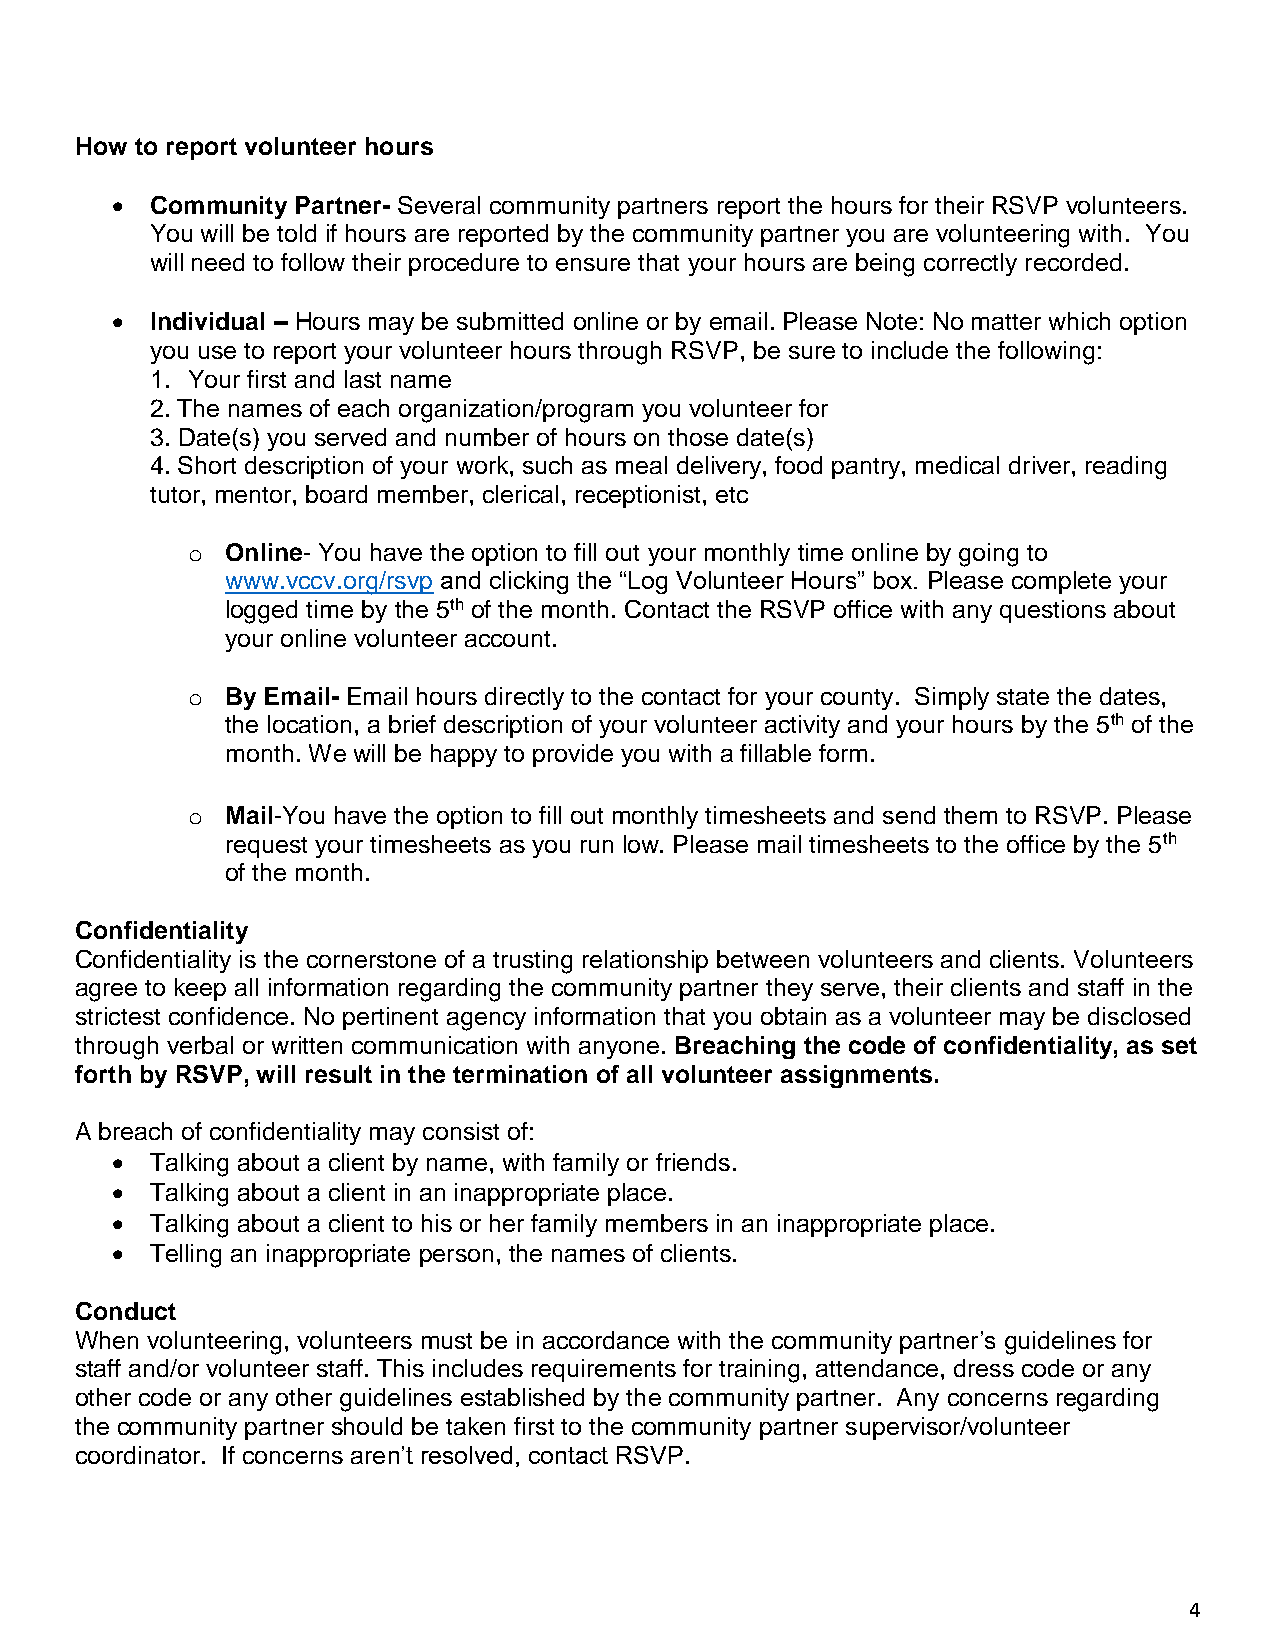
How to report volunteer hours
 •  Community Partner- Several community partners report the hours for their RSVP volunteers.
 You will be told if hours are reported by the community partner you are volunteering with. You
 will need to follow their procedure to ensure that your hours are being correctly recorded.
 •  Individual – Hours may be submitted online or by email. Please Note: No matter which option
 you use to report your volunteer hours through RSVP, be sure to include the following:
 1. Your first and last name
 2. The names of each organization/program you volunteer for
 3. Date(s) you served and number of hours on those date(s)
 4. Short description of your work, such as meal delivery, food pantry, medical driver, reading
 tutor, mentor, board member, clerical, receptionist, etc
 o  Online- You have the option to fill out your monthly time online by going to
 www.vccv.org/rsvp and clicking the “Log Volunteer Hours” box. Please complete your
 logged time by the 5th of the month. Contact the RSVP office with any questions about
 your online volunteer account.
 o  By Email- Email hours directly to the contact for your county. Simply state the dates,
 the location, a brief description of your volunteer activity and your hours by the 5th of the
 month. We will be happy to provide you with a fillable form.
 o  Mail-You have the option to fill out monthly timesheets and send them to RSVP. Please
 request your timesheets as you run low. Please mail timesheets to the office by the 5th
 of the month.
 Confidentiality
 Confidentiality is the cornerstone of a trusting relationship between volunteers and clients. Volunteers
 agree to keep all information regarding the community partner they serve, their clients and staff in the
 strictest confidence. No pertinent agency information that you obtain as a volunteer may be disclosed
 through verbal or written communication with anyone. Breaching the code of confidentiality, as set
 forth by RSVP, will result in the termination of all volunteer assignments.
 A breach of confidentiality may consist of:
 •  Talking about a client by name, with family or friends.
 •  Talking about a client in an inappropriate place.
 •  Talking about a client to his or her family members in an inappropriate place.
 •  Telling an inappropriate person, the names of clients.
 Conduct
 When volunteering, volunteers must be in accordance with the community partner’s guidelines for
 staff and/or volunteer staff. This includes requirements for training, attendance, dress code or any
 other code or any other guidelines established by the community partner. Any concerns regarding
 the community partner should be taken first to the community partner supervisor/volunteer
 coordinator. If concerns aren’t resolved, contact RSVP.
 4